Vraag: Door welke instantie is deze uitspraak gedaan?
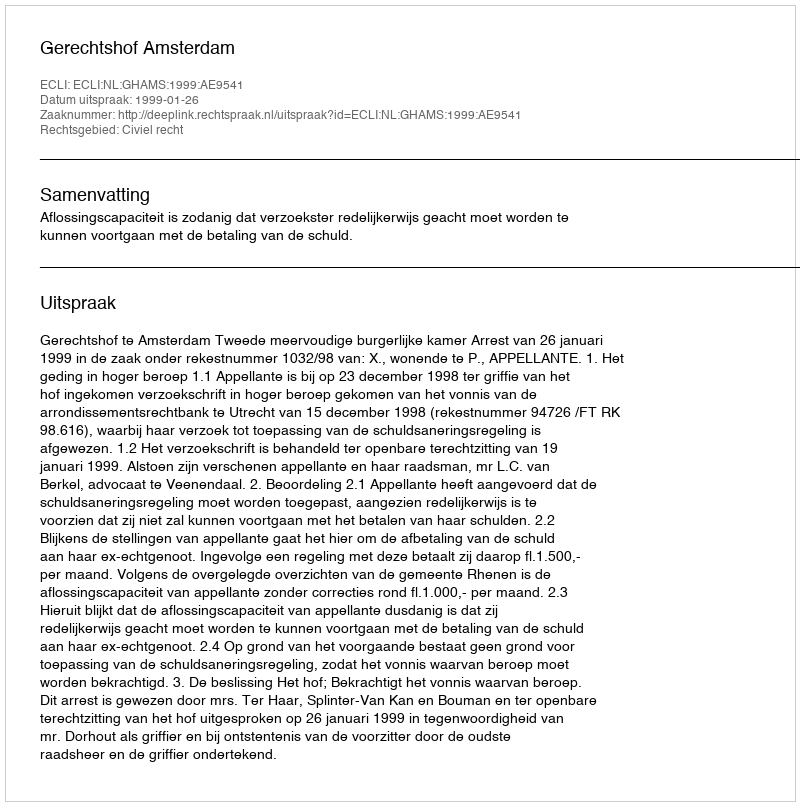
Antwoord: Gerechtshof Amsterdam